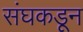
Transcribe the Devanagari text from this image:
संघकडून